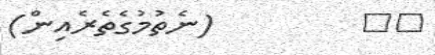
١١         (ނެތުމުގެތެރެއިން)